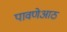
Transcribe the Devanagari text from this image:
पावणेआठ